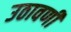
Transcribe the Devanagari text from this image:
उठावणी